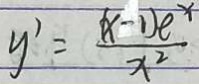
y ^ { \prime } = \frac { ( x - 1 ) e ^ { x } } { x ^ { 2 } }